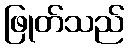
ဖြုတ်သည်